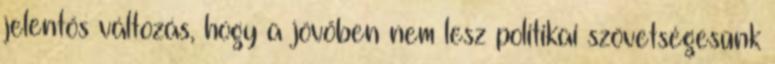
jelentős változás, hogy a jövőben nem lesz politikai szövetségesünk